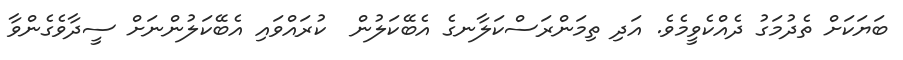
ބަޔަކަށް ތެދުމަގު ދެއްކެވީމެވެ. އަދި ތިމަންރަސްކަލާނގެ އެބޭކަލުން  ކުރައްވައި އެބޭކަލުންނަށް ސީދާވެގެންވާ